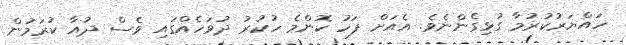
ހައްޔަރުކުރުމާ ގުޅިގެންނެވެ. އެއަށް ފަހު ކޮންމެ ހުކުރު ދުވަހެއްގައި ވެސް ދުއާ ކުރަމުން